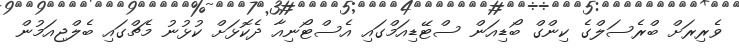
ވެރިރަށް ބްރެސަލްގެ ކިންގް ބޯޑިއަން ސްޓޭޑިއަމްގައި އެސްޓޯނިއާ ދެކޮޅަށް ކުޅުނު މެޗްގައި ބެލްޖިއަމުން